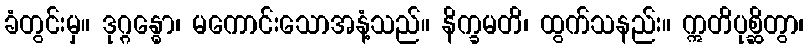
ခံတွင်းမှ။ ဒုဂ္ဂန္ဓော၊ မကောင်းသောအနံ့သည်။ နိက္ခမတိ၊ ထွက်သနည်း။ ဣတိပုစ္ဆိတွာ၊